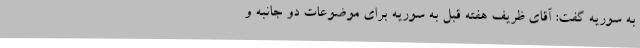
به سوریه گفت: آقای ظریف هفته قبل به سوریه برای موضوعات دو جانبه و